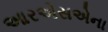
આરએસએના